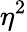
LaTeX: \eta^{2}